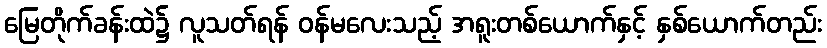
မြေတိုက်ခန်းထဲ၌ လူသတ်ရန် ဝန်မလေးသည့် အရူးတစ်ယောက်နှင့် နှစ်ယောက်တည်း